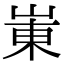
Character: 崬